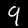
Label: 9